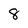
Character: 8